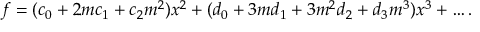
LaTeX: f = ( c _ { 0 } + 2 m c _ { 1 } + c _ { 2 } m ^ { 2 } ) x ^ { 2 } + ( d _ { 0 } + 3 m d _ { 1 } + 3 m ^ { 2 } d _ { 2 } + d _ { 3 } m ^ { 3 } ) x ^ { 3 } + \dots .